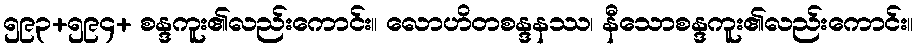
၅၉၃+၅၉၄+ စန္ဒကူး၏လည်းကောင်း။ လောဟိတစန္ဒနဿ၊ နီသောစန္ဒကူး၏လည်းကောင်း။